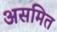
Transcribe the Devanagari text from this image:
असमित